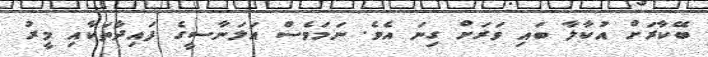
ބޭކާރަށް އުކާލާ ބައި ވަރަށް ގިނަ އެވެ. ނަމަވެސް އަލަނާސީގެ ފައިދާތަކާއި މީރު